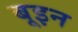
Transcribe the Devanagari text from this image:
बूइन